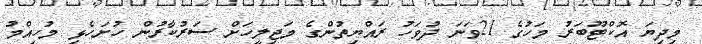
މިދިޔަ އޮކްޓޫބަރު މަހުގެ 21ވަނަ ދުވަހު ރައްޔިތުންގެ މަޖިލީހަށް ސަރުކާރުން ހުށަހެޅި މުހިއްމު